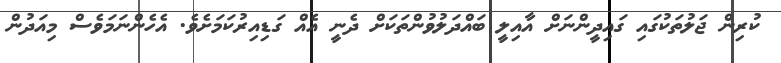
ކުރިން ޖަލުތަކުގައި ގައިދީންނަށް އާއިލީ ބައްދަލުވުންތަކަށް ދެނީ އެއް ގަޑިއިރުކަމަށެވެ. އެހެންނަމަވެސް މިއަދުން